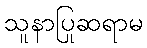
သူနာပြုဆရာမ